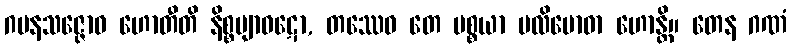
ဂမနသဇ္ဇောဝ ဟောတီတိ နိစ္စဗျာဝဋော, တဿေဝ တေ ပစ္စယာ ပလိဗောဓာ ဟောန္တိ။ တေန ဂဏံ